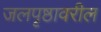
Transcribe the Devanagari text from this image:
जलपृष्ठावरील